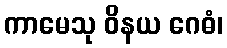
ကာမေသု ဝိနယ ဂေဓံ၊